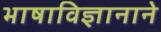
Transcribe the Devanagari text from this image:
भाषाविज्ञानाने